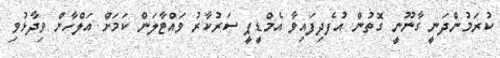
ކުރަމުންދަނީ ގާނޫނީ ގޮތުން އުފެދިފައިވާ އެމްޑީޕީ ސަރުކާރު ވައްޓާލަން ކަމަށް އަލްހާން ވިދާޅުވި